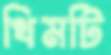
থিমটি